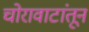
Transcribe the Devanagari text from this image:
चोरावाटांतून